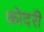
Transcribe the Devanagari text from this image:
कोदरी